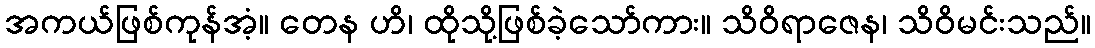
အကယ်ဖြစ်ကုန်အံ့။ တေန ဟိ၊ ထိုသို့ဖြစ်ခဲ့သော်ကား။ သိဝိရာဇေန၊ သိဝိမင်းသည်။